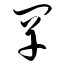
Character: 罕